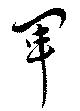
軍